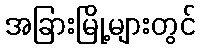
အခြားမြို့များတွင်